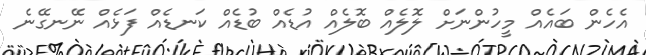
އެހެން ބައެއް މީހުންނަށް ލޮލެއް ބޮލެއް އުޑެއް ބުޑެއް ކަނޑެއް ފަޅެއް ނޭނގޭނެ